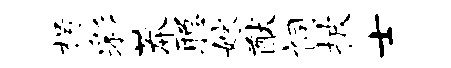
枵彩莽聪嫁猷祠披士